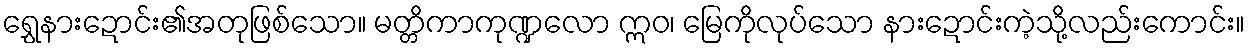
ရွှေနားဍောင်း၏အတုဖြစ်သော။ မတ္တိကာကုဏ္ဍလော ဣဝ၊ မြေကိုလုပ်သော နားဍောင်းကဲ့သို့လည်းကောင်း။